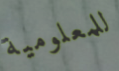
للمعلومية